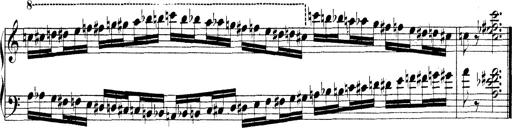
Title: Technische Studien
Composer: Franz Liszt